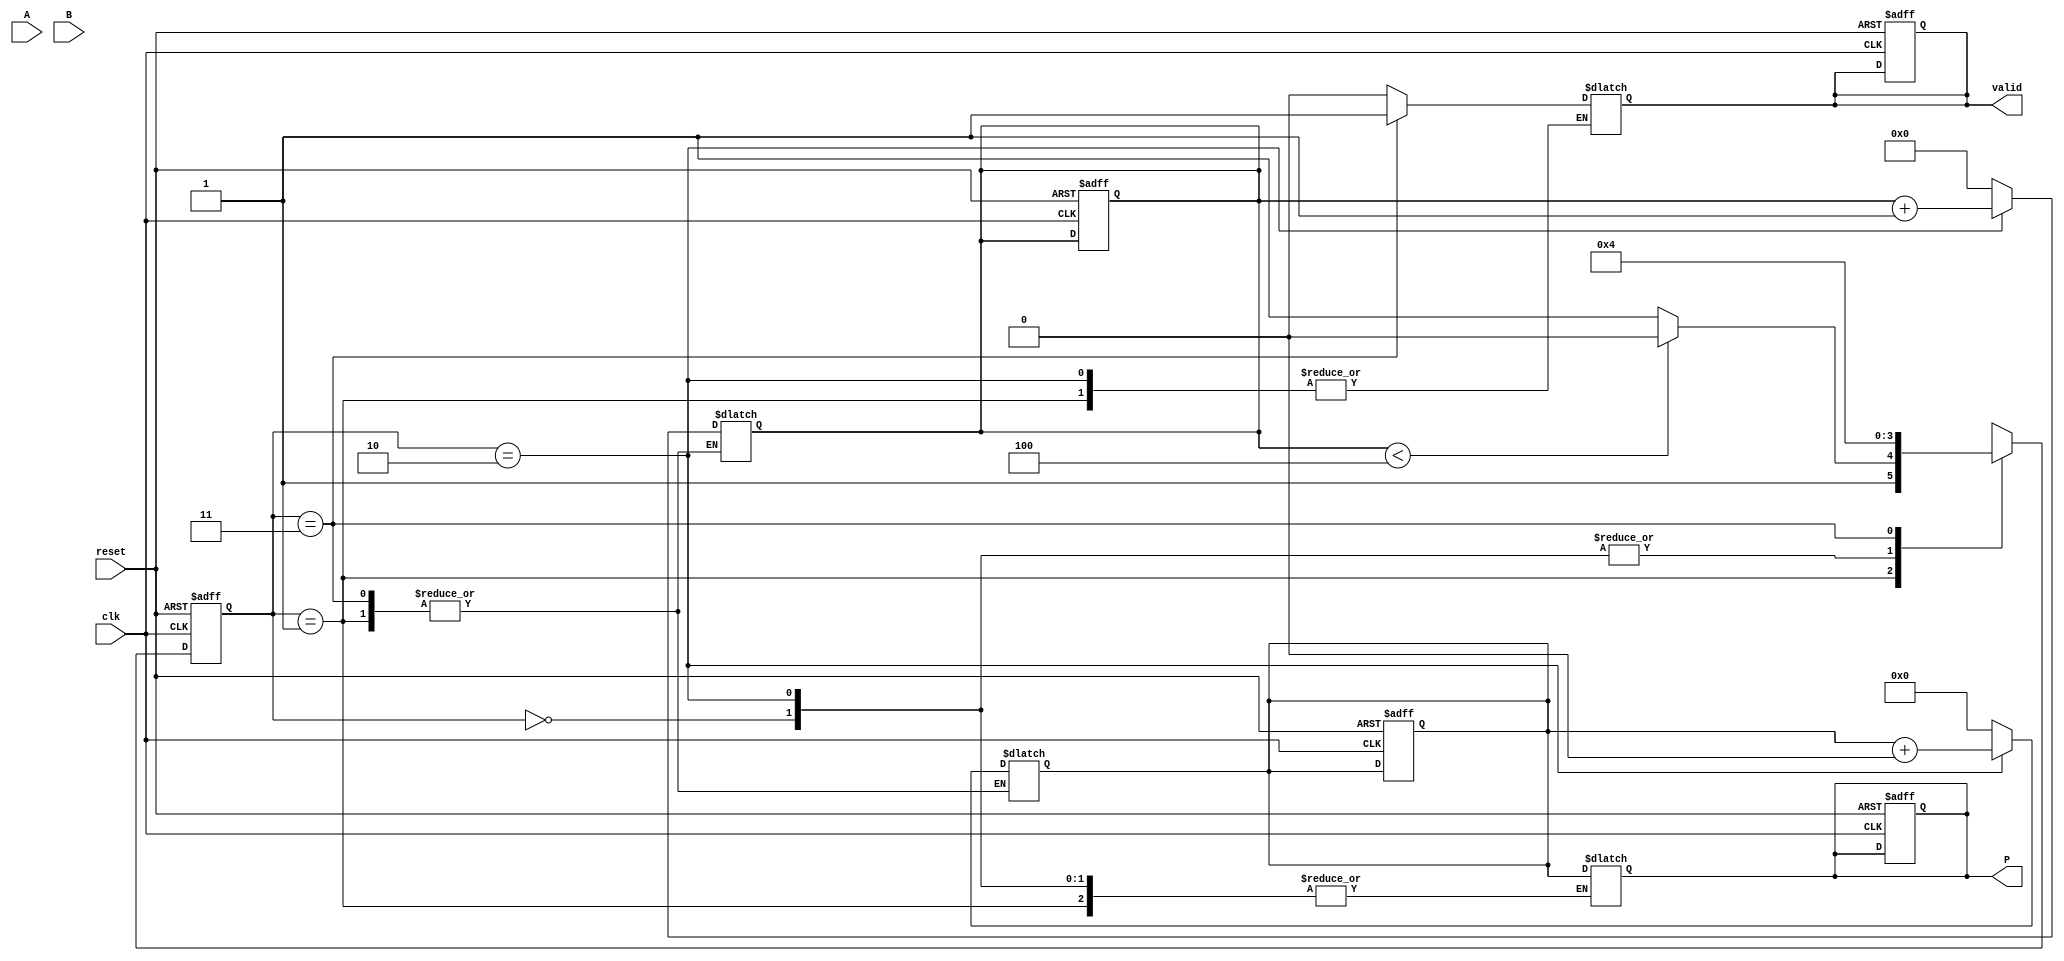
module PartialProductAccumulator #(
    parameter N = 4, // Bit-width of multiplicand
    parameter M = 4  // Bit-width of multiplier
)(
    input wire [N-1:0] A,   // Multiplicand
    input wire [M-1:0] B,   // Multiplier
    input wire clk,         // Clock
    input wire reset,       // Asynchronous reset
    output reg [(N+M)-1:0] P, // Product
    output reg valid           // Valid signal
);

    reg [M-1:0] multiplier; // Local copy of multiplier
    reg [N-1:0] partial_product; // Current partial product
    reg [N+M-1:0] accumulator; // Accumulator for partial products
    reg [3:0] count; // Counter for bits processed
    
    // State machine for controlling the accumulation process
    localparam IDLE = 2'b00,
               GENERATE_PARTIAL_PRODUCT = 2'b01,
               ACCUMULATE = 2'b10,
               DONE = 2'b11;

    reg [1:0] state, next_state;

    // Sequential logic for state transition
    always @(posedge clk or posedge reset) begin
        if (reset) begin
            state <= IDLE;
            P <= 0;
            valid <= 0;
            accumulator <= 0;
            count <= 0;
        end else begin
            state <= next_state;
        end
    end

    // Combinational logic for the next state and output
    always @* begin
        next_state = state;
        partial_product = 0;
        case (state)
            IDLE: begin
                accumulator = 0;
                count = 0;
                multiplier = B;
                next_state = GENERATE_PARTIAL_PRODUCT;
                valid = 0;
            end
            
            GENERATE_PARTIAL_PRODUCT: begin
                if (count < M) begin
                    // Generate partial product
                    partial_product = (multiplier[count]) ? (A << count) : 0;
                    next_state = ACCUMULATE;
                end else begin
                    next_state = DONE;
                end
            end
            
            ACCUMULATE: begin
                // Accumulate the current partial product
                accumulator = accumulator + partial_product;
                count = count + 1;
                next_state = GENERATE_PARTIAL_PRODUCT;
            end
            
            DONE: begin
                P = accumulator;
                valid = 1;
                next_state = IDLE; // reset to idle
            end
            
            default: next_state = IDLE;
        endcase
    end

endmodule